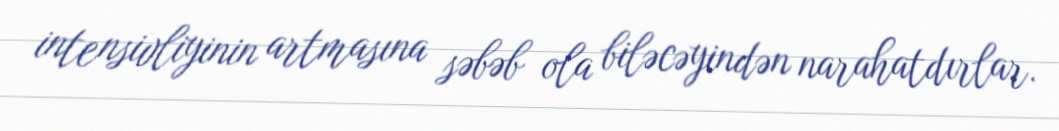
intensivliyinin artmasına səbəb ola biləcəyindən narahatdırlar.